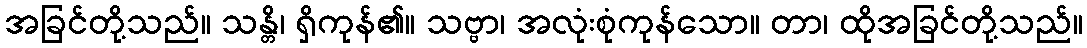
အခြင်တို့သည်။ သန္တိ၊ ရှိကုန်၏။ သဗ္ဗာ၊ အလုံးစုံကုန်သော။ တာ၊ ထိုအခြင်တို့သည်။